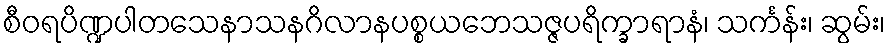
စီဝရပိဏ္ဍပါတသေနာသနဂိလာနပစ္စယဘေသဇ္ဇပရိက္ခာရာနံ၊ သင်္ကန်း၊ ဆွမ်း၊